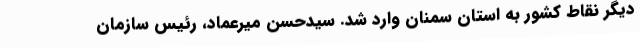
دیگر نقاط کشور به استان سمنان وارد شد. سیدحسن میرعماد، رئیس سازمان